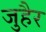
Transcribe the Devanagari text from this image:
जुहैर